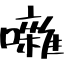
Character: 囃